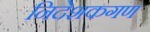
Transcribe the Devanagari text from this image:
निदेशकगण